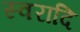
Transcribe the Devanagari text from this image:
स्वरादि